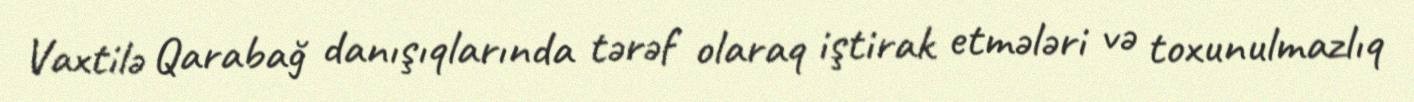
Vaxtilə Qarabağ danışıqlarında tərəf olaraq iştirak etmələri və toxunulmazlıq